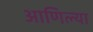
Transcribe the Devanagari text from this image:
आणिल्या